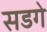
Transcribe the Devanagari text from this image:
सडगे